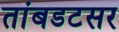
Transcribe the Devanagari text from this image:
तांबडटसर